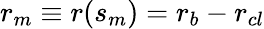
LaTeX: r_{m}\equiv r(s_{m})=r_{b}-r_{cl}